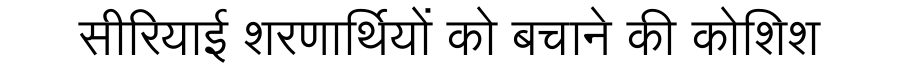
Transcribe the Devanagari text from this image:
सीरियाई शरणार्थियों को बचाने की कोशिश